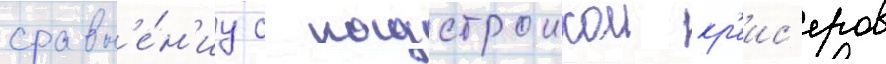
сравн'е́н'иу с надстроикои кр'еис'еров